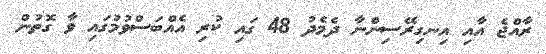
ރާއްޖެ އާއި އިނގިރޭސިންނާ ދެމެދު 48 ގައި ކުރި އެއްބަސްވުމުގައި ވާ ގޮތުން